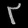
Digit: ၃